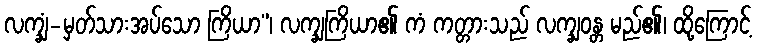
လက္ချံ-မှတ်သားအပ်သော ကြိယာ”၊ လက္ချကြိယာ၏ ကံ ကတ္တားသည် လက္ချဝန္တ မည်၏၊ ထို့ကြောင့်